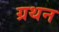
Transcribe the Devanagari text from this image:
ग्रथन